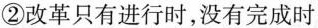
②改革只有进行时，没有完成时